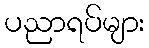
ပညာရပ်များ